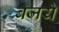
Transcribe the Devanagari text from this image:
बजये